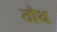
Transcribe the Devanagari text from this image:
ठोथ